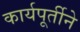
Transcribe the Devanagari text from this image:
कार्यपूर्तीने